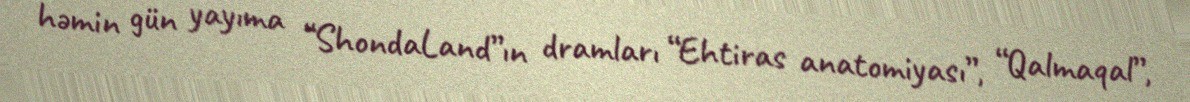
həmin gün yayıma “ShondaLand”ın dramları “Ehtiras anatomiyası”, “Qalmaqal”,